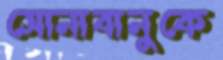
সোনাবানুকে